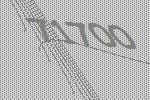
71700